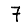
Digit: 7